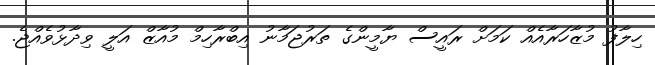
ހިލާފު މުޒާހަރާއެއް ކަމަށް ރައީސް ޔާމީންގެ ތަރުޖަމާނު އިބްރާހިމް މުއާޒް އަލީ ވިދާޅުވެއްޖެ.